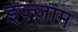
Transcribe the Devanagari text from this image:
इज़्ज़ाम